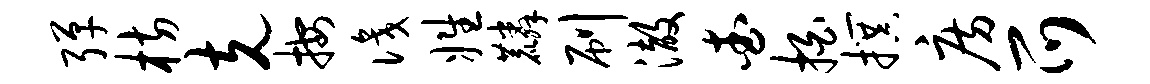
弹枋克按识姓麟刷澈查拍撰房爪